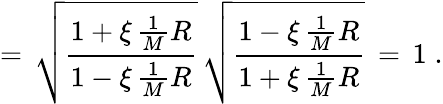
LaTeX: =\, \sqrt{\frac{1+\xi\, \frac{1}{M}R}{1-\xi\, \frac{1}{M}R}}\, \sqrt{\frac{1-\xi\, \frac{1}{M}R}{1+\xi\, \frac{1}{M}R}}\, =\, 1\; .